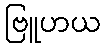
ဗြူဟယ